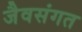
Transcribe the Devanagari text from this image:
जैवसंगत